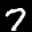
Label: 7